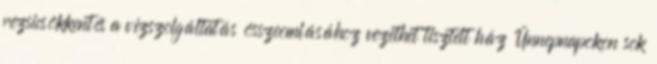
rezsicsökkentés a vízszolgáltatás összeomlásához vezethet tisztelt ház Ünnepnapokon sok